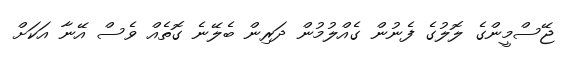
ޖޭސްމީންގެ ލޮލުގެ ފެނުން ގެއްލުމުން ދަރިން ބެލޭނެ ގޮތެއް ވެސް އޭނާ އަކަށް